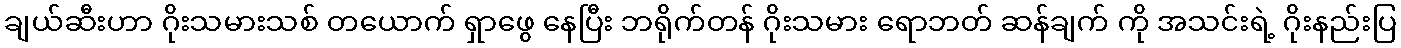
ချယ်ဆီးဟာ ဂိုးသမားသစ် တယောက် ရှာဖွေ နေပြီး ဘရိုက်တန် ဂိုးသမား ရောဘတ် ဆန်ချက် ကို အသင်းရဲ့ ဂိုးနည်းပြ